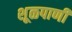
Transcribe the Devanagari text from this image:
शूळपाणी